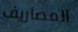
المصاريف